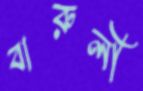
বারুলী